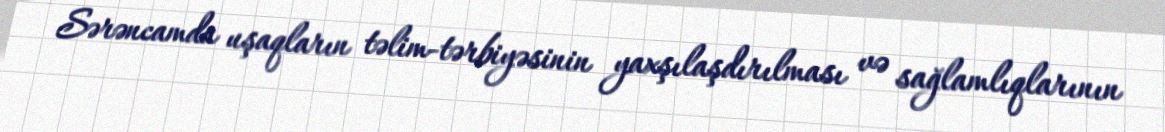
Sərəncamda uşaqların təlim-tərbiyəsinin yaxşılaşdırılması və sağlamlıqlarının